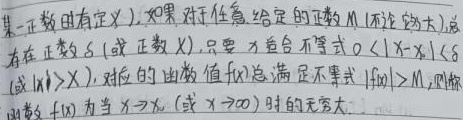
某一正数时有定义）。如果对于任意给定的正数\(M\)（不论多大），总存在正数\(\delta\)（或正数\(X\)），只要\(x\)适合不等式\(0 < |x - x_{0}| < \delta\)（或\(|x|>X\)），对应的函数值\(f(x)\)总满足不等式\(|f(x)| > M\)，则称函数\(f(x)\)为当\(x \to x_{0}\)（或\(x \to \infty\)）时的无穷大。